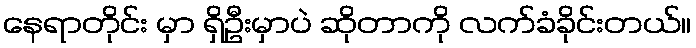
နေရာတိုင်း မှာ ရှိဦးမှာပဲ ဆိုတာကို လက်ခံခိုင်းတယ်။